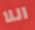
اللا